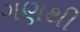
ગણથી